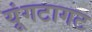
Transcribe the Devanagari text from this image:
यूंगटागट